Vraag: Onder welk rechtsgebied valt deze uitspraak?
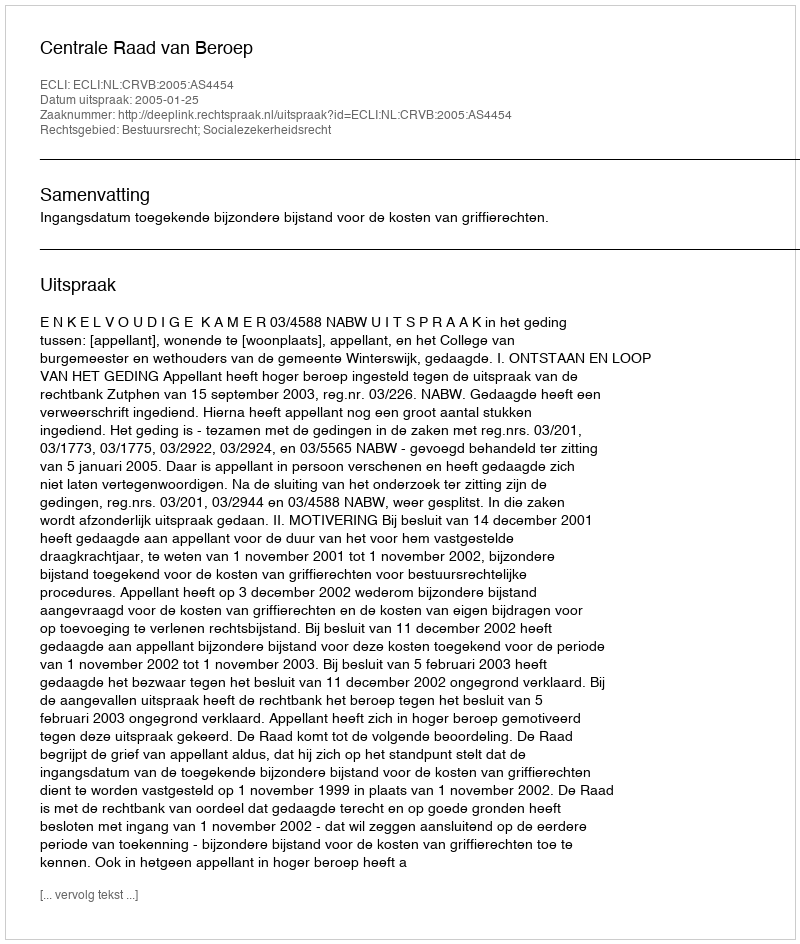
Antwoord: Bestuursrecht; Socialezekerheidsrecht